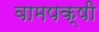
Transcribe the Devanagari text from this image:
वामपक्षी